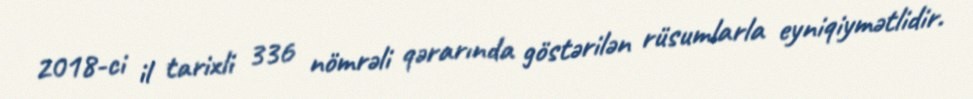
2018-ci il tarixli 336 nömrəli qərarında göstərilən rüsumlarla eyniqiymətlidir.